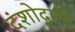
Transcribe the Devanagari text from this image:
दंशोद्गामी